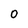
Character: 0